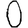
Digit: 0